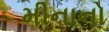
મીનાનો